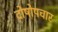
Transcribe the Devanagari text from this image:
दोषोपचार